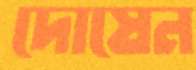
দোষেন